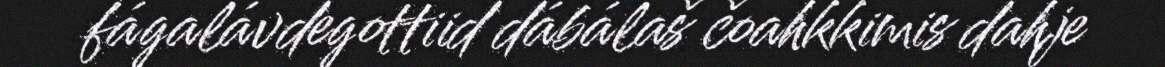
fágalávdegottiid dábálaš čoahkkimis dahje